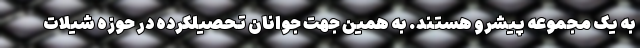
به یک مجموعه پیشرو هستند. به همین جهت جوانان تحصیلکرده در حوزه شیلات